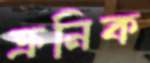
ক্রনিক